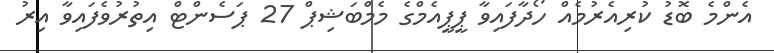
އެންމެ ބޮޑު ކުރިއެރުމެއް ހޯދާފައިވާ ޕީޕީއެމްގެ މެމްބަޝިޕް 27 ޕަސެންޓް އިތުރުވެފައިވާ އިރު